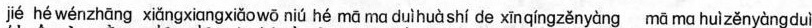
jié hé wénzhāng xiǎngxiāngxiǎowō niú hé mā ma duìhuàshí de xīnqíngzěnyàng mā ma huìzěnyàngduì